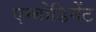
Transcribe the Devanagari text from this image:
एम्बोडिमेंट